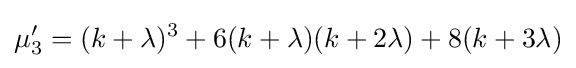
\mu '_{3}=(k+\lambda )^{3}+6(k+\lambda )(k+2\lambda )+8(k+3\lambda )